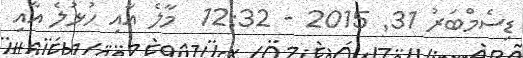
ޑިސެމްބަރު 31